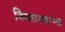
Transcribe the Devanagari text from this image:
विस्तारणाऱ्या